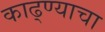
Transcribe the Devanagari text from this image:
काढ्ण्याचा